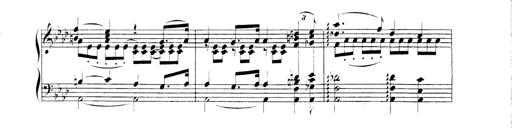
Title: 3 Chansons
Composer: Franz Liszt